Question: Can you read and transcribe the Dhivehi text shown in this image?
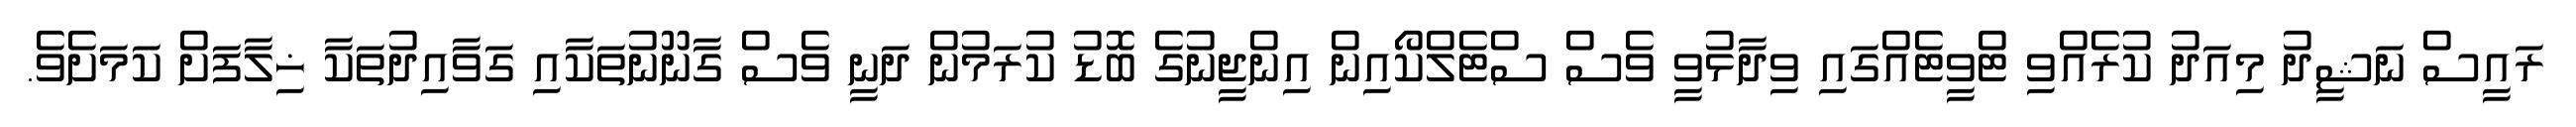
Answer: ރައީސް ނަޝީދު މިއަދު ކުރެއްވި ޓްވީޓެއްގައި ވިދާޅުވީ ވެސް ސްޓެލްކޯއިން އިންޖީނުގެ ބޮޑު ކުރަމުން ދަނީ ވެސް ގާނޫނުތަކާއި ގަވާއިދުތަކާ ޚިލާފަށް ކަމަށެވެ.